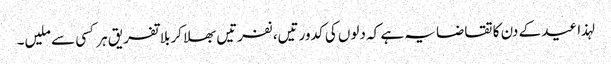
لہذا عید کے دن کا تقاضا یہ ہے کہ دلوں کی کدورتیں، نفرتیں بھلا کر بلا تفریق ہر کسی سے ملیں۔